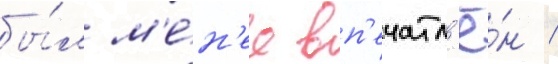
бы́л м'е́н'ее вп'ечатл'ё́н /